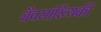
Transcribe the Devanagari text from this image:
जैवसांख्यिकी